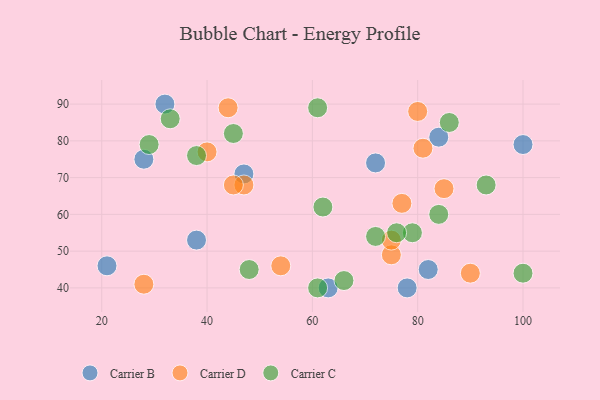
{"axis": {"x": "GDP", "y": "Life Expectancy"}, "legend": ["Carrier B", "Carrier C", "Carrier D"], "data": [{"x": "100", "y": 79, "type": "Carrier B"}, {"x": "63", "y": 40, "type": "Carrier B"}, {"x": "78", "y": 40, "type": "Carrier B"}, {"x": "28", "y": 75, "type": "Carrier B"}, {"x": "32", "y": 90, "type": "Carrier B"}, {"x": "82", "y": 45, "type": "Carrier B"}, {"x": "38", "y": 53, "type": "Carrier B"}, {"x": "84", "y": 81, "type": "Carrier B"}, {"x": "21", "y": 46, "type": "Carrier B"}, {"x": "72", "y": 74, "type": "Carrier B"}, {"x": "47", "y": 71, "type": "Carrier B"}, {"x": "90", "y": 44, "type": "Carrier D"}, {"x": "75", "y": 49, "type": "Carrier D"}, {"x": "75", "y": 53, "type": "Carrier D"}, {"x": "47", "y": 68, "type": "Carrier D"}, {"x": "44", "y": 89, "type": "Carrier D"}, {"x": "77", "y": 63, "type": "Carrier D"}, {"x": "54", "y": 46, "type": "Carrier D"}, {"x": "28", "y": 41, "type": "Carrier D"}, {"x": "81", "y": 78, "type": "Carrier D"}, {"x": "45", "y": 68, "type": "Carrier D"}, {"x": "80", "y": 88, "type": "Carrier D"}, {"x": "40", "y": 77, "type": "Carrier D"}, {"x": "85", "y": 67, "type": "Carrier D"}, {"x": "66", "y": 42, "type": "Carrier C"}, {"x": "84", "y": 60, "type": "Carrier C"}, {"x": "61", "y": 89, "type": "Carrier C"}, {"x": "29", "y": 79, "type": "Carrier C"}, {"x": "79", "y": 55, "type": "Carrier C"}, {"x": "72", "y": 54, "type": "Carrier C"}, {"x": "45", "y": 82, "type": "Carrier C"}, {"x": "38", "y": 76, "type": "Carrier C"}, {"x": "76", "y": 55, "type": "Carrier C"}, {"x": "93", "y": 68, "type": "Carrier C"}, {"x": "86", "y": 85, "type": "Carrier C"}, {"x": "33", "y": 86, "type": "Carrier C"}, {"x": "48", "y": 45, "type": "Carrier C"}, {"x": "100", "y": 44, "type": "Carrier C"}, {"x": "61", "y": 40, "type": "Carrier C"}, {"x": "62", "y": 62, "type": "Carrier C"}]}